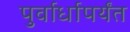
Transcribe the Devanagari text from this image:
पुर्वार्धापर्यंत